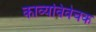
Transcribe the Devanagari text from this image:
काव्यविवेचक